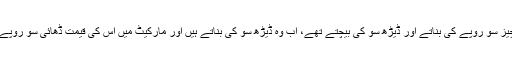
پہلے وہ جو چیز سو روپے کی بناتے اور ڈیڑھ سو کی بیچتے تھے، اب وہ ڈیڑھ سو کی بناتے ہیں اور مارکیٹ میں اس کی قیمت ڈھائی سو روپے رکھتے ہیں۔